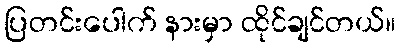
ပြတင်းပေါက် နားမှာ ထိုင်ချင်တယ်။